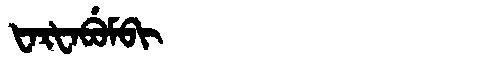
Manchu: ᡶᠠᡵᡶᠠᠪᡠᠮᠪᡳ
Romanization: FARFABUMBI